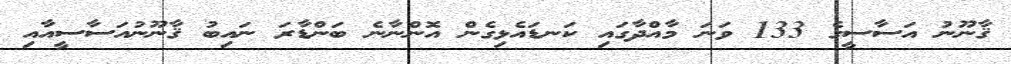
ޤާނޫނު އަސާސީގެ 133 ވަނަ މާއްދާގައި ކަނޑައެޅިގެން އޮންނާނެ ބަންޑާރަ ނައިބު ޤާނޫނުއަސާސީއާއި